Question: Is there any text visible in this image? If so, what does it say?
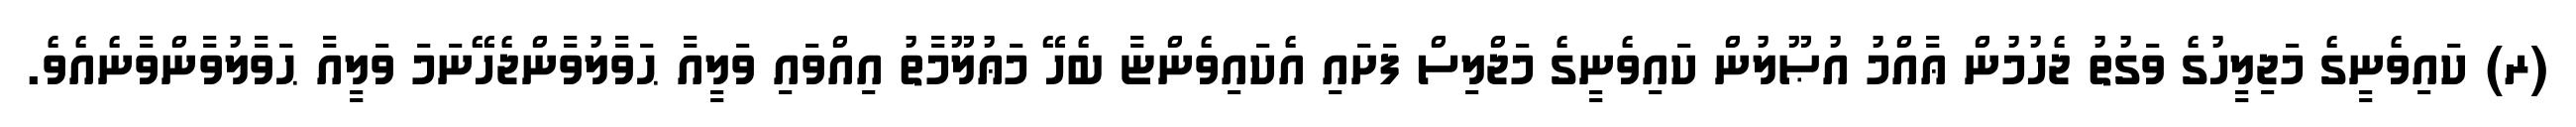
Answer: (ރ) ކައިވެނީގެ މަޖިލީހުގެ ވަގުތު ޖެހުމުން ޢާއްމު އުޞޫލުން ކައިވެނީގެ މަޖްލިސް ފަށައި އެކައިވެންޏާ ބެހޭ މަޢުލޫމާތު އިއްވައި ވަލީއާ ޙަވާލުވާންޖެހޭނަމަ ވަލީއާ ޙަވާލުވާންވާނެއެވެ.